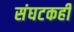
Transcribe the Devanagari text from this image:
संघटकही